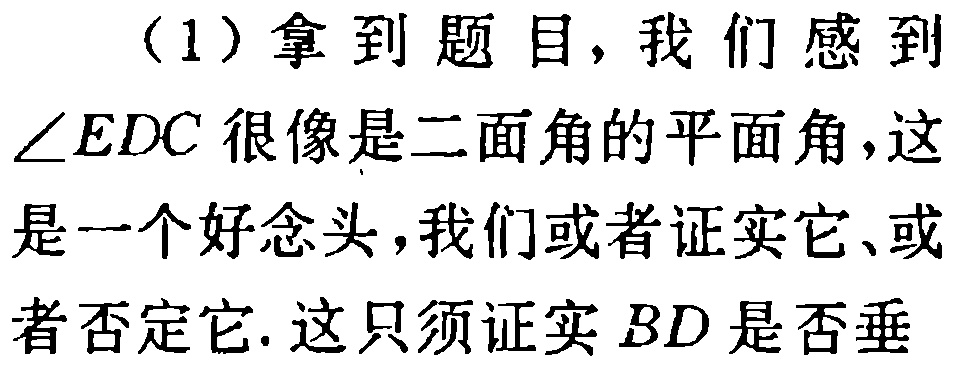
（1）拿到题目，我们感到$\angle EDC$很像是二面角的平面角，这是一个好念头，我们或者证实它、或者否定它. 这只须证实$BD$是否垂